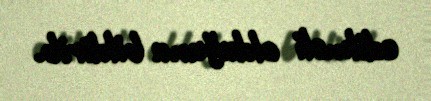
edilməli olduğunu bildirib.